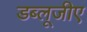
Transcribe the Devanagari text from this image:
डब्लूजीए